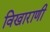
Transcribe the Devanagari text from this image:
विखाराणी